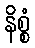
နိစ္စံ